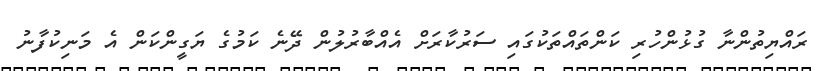
ރައްޔިތުންނާ ގުޅުންހުރި ކަންތައްތަކުގައި ސަރުކާރަށް އެއްބާރުލުން ދޭނެ ކަމުގެ ޔަގީންކަން އެ މަނިކުފާނު